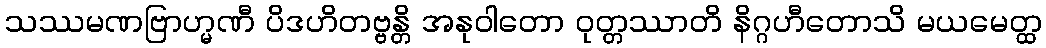
သဿမဏဗြာဟ္မဏီ ပိဒဟိတဗ္ဗန္တိ အနုဝါတော ဝုတ္တဿာတိ နိဂ္ဂဟီတောသိ မယမေတ္ထ